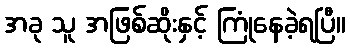
အခု သူ အဖြစ်ဆိုးနှင့် ကြုံနေခဲ့ရပြီ။